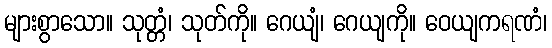
များစွာသော။ သုတ္တံ၊ သုတ်ကို။ ဂေယျံ၊ ဂေယျကို။ ဝေယျကရဏံ၊